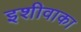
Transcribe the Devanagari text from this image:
इशीवाका